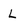
Character: l